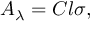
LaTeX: A _ { \lambda } = C l \sigma ,